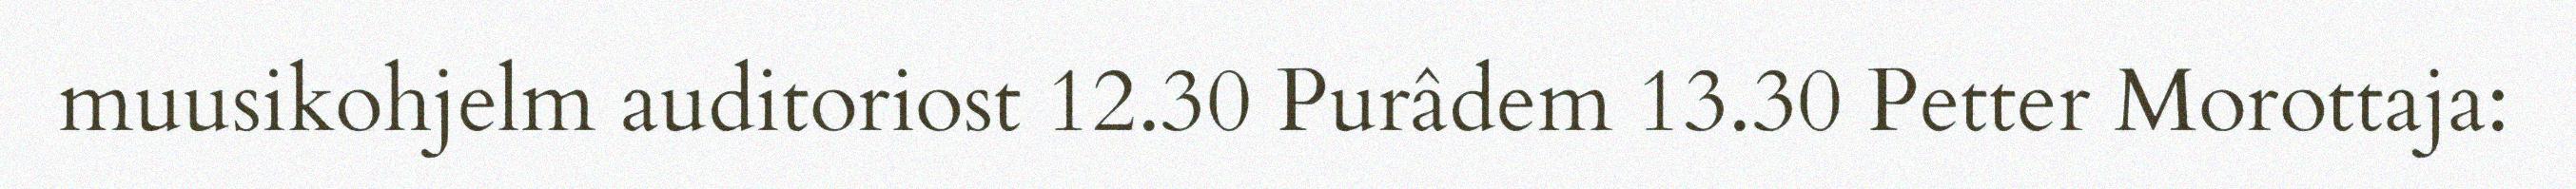
muusikohjelm auditoriost 12.30 Purâdem 13.30 Petter Morottaja: